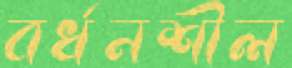
বর্ধনশীল